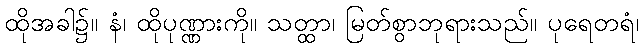
ထိုအခါ၌။ နံ၊ ထိုပုဏ္ဏားကို။ သတ္ထာ၊ မြတ်စွာဘုရားသည်။ ပုရေတရံ၊